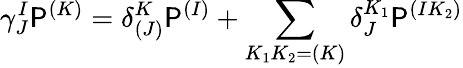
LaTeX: \gamma_{J}^{I}\P^{(K)}=\delta_{(J)}^{K}\P^{(I)}+\sum_{K_{1}K_{2}=(K)}\delta_{J}^{K_{1}}\P^{(IK_{2})}